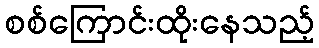
စစ်ကြောင်းထိုးနေသည့်